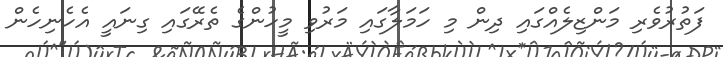
ފަތުރުވެރި މަންޒިލެއްގައި ދިން މި ހަމަލާގައި މަރުވި މީހުންގެ ތެރޭގައި ގިނައީ އެހެނިހެން